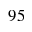
9 5